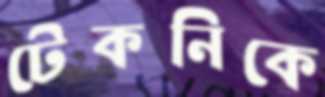
টেকনিকে